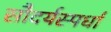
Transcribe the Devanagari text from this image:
सौदर्यस्पर्धा